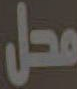
محل